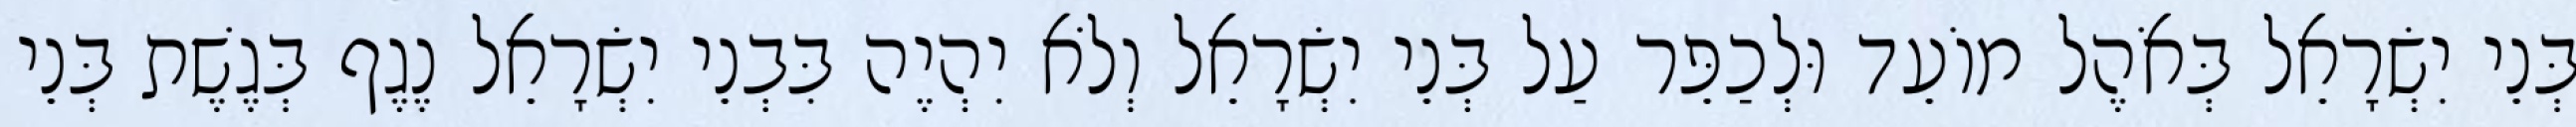
בְּנֵי יִשְׂרָאֵל בְּאֹהֶל מוֹעֵד וּלְכַפֵּר עַל בְּנֵי יִשְׂרָאֵל וְלֹא יִהְיֶה בִּבְנֵי יִשְׂרָאֵל נֶגֶף בְּגֶשֶׁת בְּנֵי